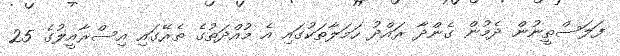
ފަލަސްތީނުން ދެމުން ގެންދާ ރައްދު ހަމަލާތަކުގައި އެ މުއްދަތުގެ ތެރޭގައި އިސްރާއީލުގެ 25